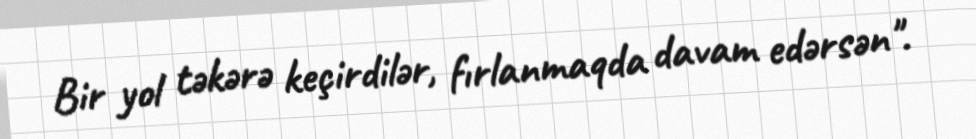
Bir yol təkərə keçirdilər, fırlanmaqda davam edərsən".